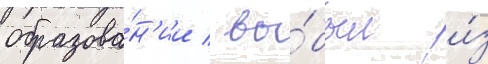
образова́н'ии / вы́был и́з